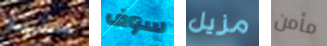
ستيلا سوف مزيل مأمن